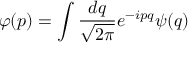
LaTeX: \varphi ( p ) = \int \frac { d q } { \sqrt { 2 \pi } } e ^ { - i p q } \psi ( q )